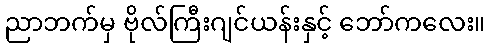
ညာဘက်မှ ဗိုလ်ကြီးဂျင်ယန်းနှင့် ဘော်ကလေး။